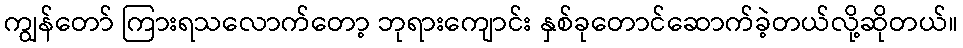
ကျွန်တော် ကြားရသလောက်တော့ ဘုရားကျောင်း နှစ်ခုတောင်ဆောက်ခဲ့တယ်လို့ဆိုတယ်။